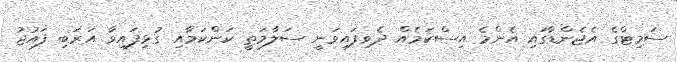
ސަމިޓްގެ އެޖެންޑާގައި އެންމެ އިސްކަމެއް ދެވިފައިވަނީ ސަލާމަތީ ކަންކަމާއި ގުޅިފައިވާ އަރަބި ފައުޖު